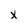
Character: X